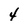
Character: 4